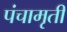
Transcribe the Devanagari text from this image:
पंचामृती